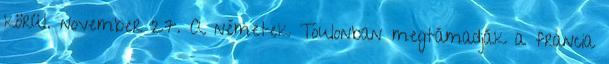
körül. november 27. A németek Toulonban megtámadják a francia